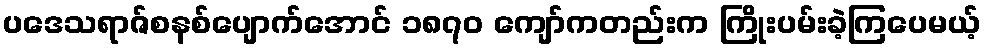
ပဒေသရာဇ်စနစ်ပျောက်အောင် ၁၈၇၀ ကျော်ကတည်းက ကြိုးပမ်းခဲ့ကြပေမယ့်